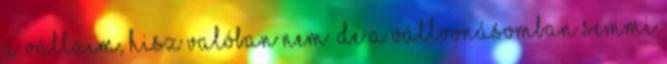
a vállaim, hisz valóban nem. De a vállvonásomban semmi